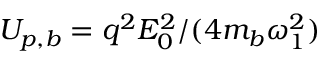
U _ { p , b } = q ^ { 2 } E _ { 0 } ^ { 2 } / ( 4 m _ { b } \omega _ { 1 } ^ { 2 } )